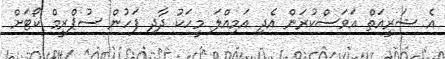
އެ ޝަރީއަތް އަވަސްކުރަން އެދި އަމިއްލަ މީހަކު ދާދި ފަހުން ސުޕްރީމް ކޯޓަށް